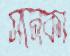
সনেকা